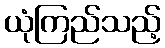
ယုံကြည်သည့်